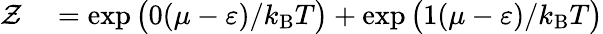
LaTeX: \begin{array}{rl}{{\mathcal{Z}}}&{{}=\exp{\big(}0(\mu-\varepsilon)/k_{\mathrm{{B}}}T{\big)}+\exp{\big(}1(\mu-\varepsilon)/k_{\mathrm{{B}}}T{\big)}}\end{array}